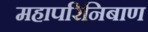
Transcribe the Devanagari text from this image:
महापरिनिबाण